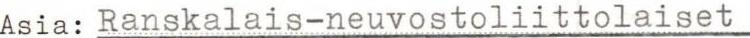
Asia: Ranskalais-neuvostoliittolaiset